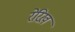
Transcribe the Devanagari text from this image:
रेरिख़